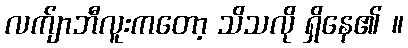
လက်ျာဘီလူးကတော့ သိသလို ရှိနေ၏ ။